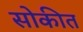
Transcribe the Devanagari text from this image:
सोकीत